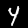
Label: 4